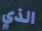
الذي